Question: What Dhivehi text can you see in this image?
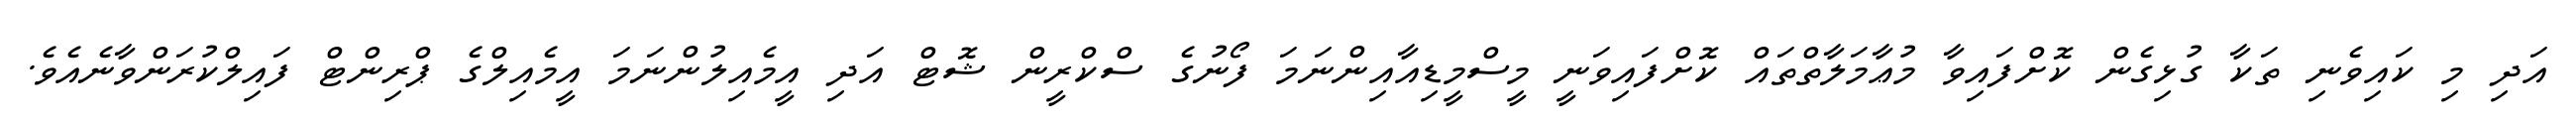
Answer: އަދި މި ކައިވެނި ތަކާ ގުޅިގެން ކޮށްފައިވާ މުޢާމަލާތްތައް ކޮށްފައިވަނީ މީސްމީޑިއާއިންނަމަ ފޯނުގެ ސްކްރީން ޝޮޓް އަދި އީމެއިލުންނަމަ އީމެއިލްގެ ޕްރިންޓް ފައިލްކުރަންވާނެއެވެ.